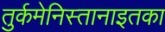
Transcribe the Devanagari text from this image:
तुर्कमेनिस्तानाइतका